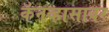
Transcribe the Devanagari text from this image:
कॅनव्हासावर